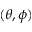
( \theta , \phi )